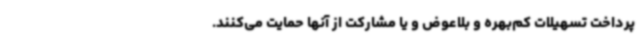
پرداخت تسهیلات کم‌بهره و بلاعوض و یا مشارکت از آنها حمایت می‌کنند.